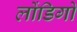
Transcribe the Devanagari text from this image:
लोंडिगो